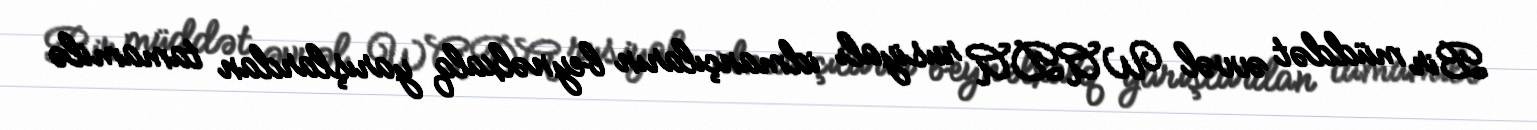
Bir müddət əvvəl WADA rusiyalı idmançıların beynəlxalq yarışlardan tamamilə